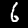
Digit: 6